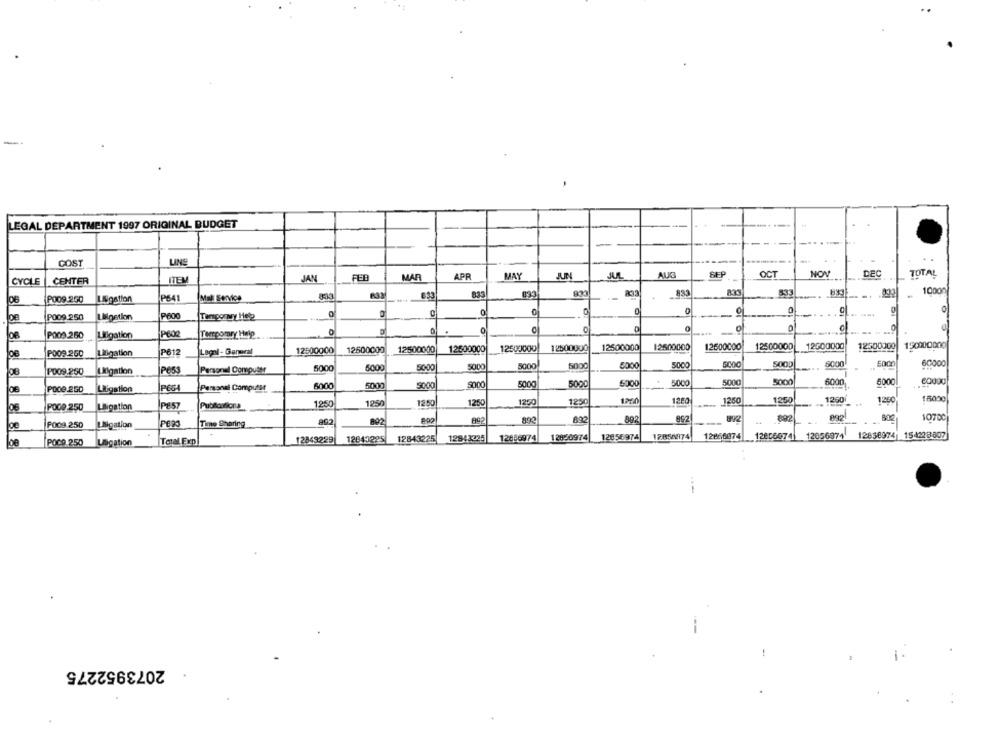
LEGAL DEPARTMENT 1997 ORIGINAL BUDGET
--
-
-...
GOST
LINS
MAY
JUN
AUS
SEP
OCT
NOV
DEC
TOTAL
CYCLE
CENTER
ITEM
JAN
FED
MAR
APR
10000
Mal Service
853
833
833
833
833
PO09 .260
Ligation
C
0
PO09.250
Ligation
P600
Tengoqwy Hele
. ..
PO09.250
Litigation
Tempomry Help
.
12500000
12600000
12500000
12600000
12500000
12500000
12500000
12500000
12600000
12500000
12000000
12500000
150000000
PO09.200
Litigation
P612
Lagol - General
GİCOC
8000
60000
P009.250
P653
Personal Computer
5000
5000
50.00
5000
5000
5000
8000
5000
6000
5000
9000
5000
5000
5000
5000
5000
5000
5000
6000
60000
DE
Litigation
IPECA
Personal Computer
1290
1250
1260
1250
1250
1260
1250
15030
06
POCO 250
Litigation
P857
12:50
1250
12 50
125
POO9 250
Ligation
Time Sharing
802
892
892
892
892
10700
12043225
12843225
12943025
12056974
12836974
12656974
17852974
12866874
128060741
12056974
12858974| 154228807
POCO 250
Uligation
Total Exp
12843229
1.
2073952275